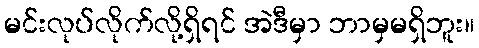
မင်းလုပ်လိုက်လို့ရှိရင် အဲဒီမှာ ဘာမှမရှိဘူး။